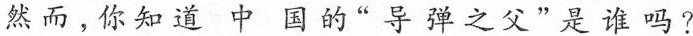
然而，你知道中国的”导弹之父”是谁吗？